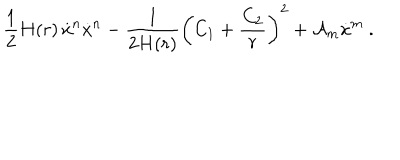
\frac { 1 } { 2 } H ( r ) \, \dot { x } ^ { n } \dot { x } ^ { n } - \frac { 1 } { 2 H ( r ) } \biggl ( C _ { 1 } + \frac { C _ { 2 } } { r } \biggr ) ^ { 2 } + { \cal A } _ { m } \dot { x } ^ { m } \ .